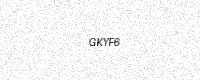
Text: GKYF6